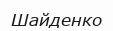
Шайденко